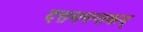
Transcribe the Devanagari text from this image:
दत्तमनन्तकम्